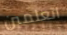
اتعلمين